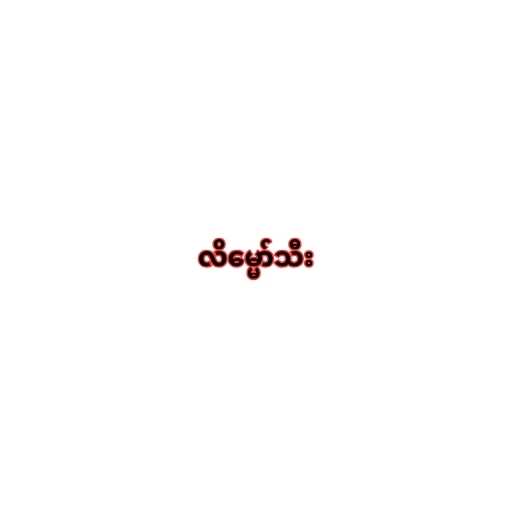
လိမ္မော်သီး